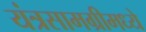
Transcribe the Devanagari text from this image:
यंत्रसामग्रीमध्ये